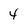
Character: 4